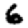
Digit: 6